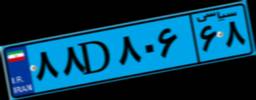
۸۳D۸۴۵۰۶